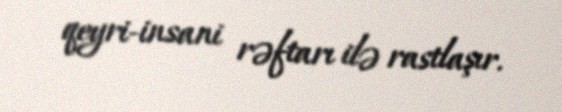
qeyri-insani rəftarı ilə rastlaşır.